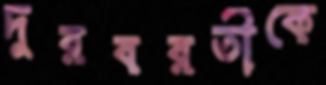
দুরবরতীকে